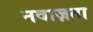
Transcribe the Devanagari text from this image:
नवाज़ता